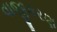
વાજીકરણ